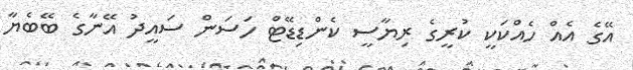
އޭގެ އެއް ހެއްކަކީ ކުރީގެ ރިޔާސީ ކެންޑިޑޭޓް ހަސަން ސައީދު އޭނާގެ ބޭބެޔާ